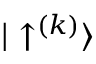
{ | \uparrow ^ { ( k ) } \rangle }